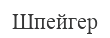
Шпейгер